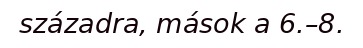
századra, mások a 6.–8.